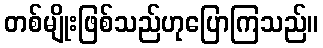
တစ်မျိုးဖြစ်သည်ဟုပြောကြသည်။